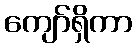
ကျော်ရှိကာ